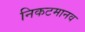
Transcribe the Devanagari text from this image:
निकटमानव